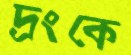
দ্রংকে